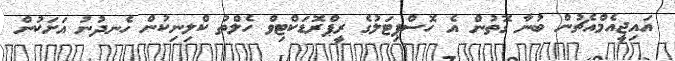
އައިޖީއެމްއެޗުން ބުނާ ގޮތުން އެ ހޮސްޕިޓަލުގެ ރީޕްރޮޑަކްޓިވް ހެލްތު ކްލިނިކުން ހެނދުނު އަށަކުން